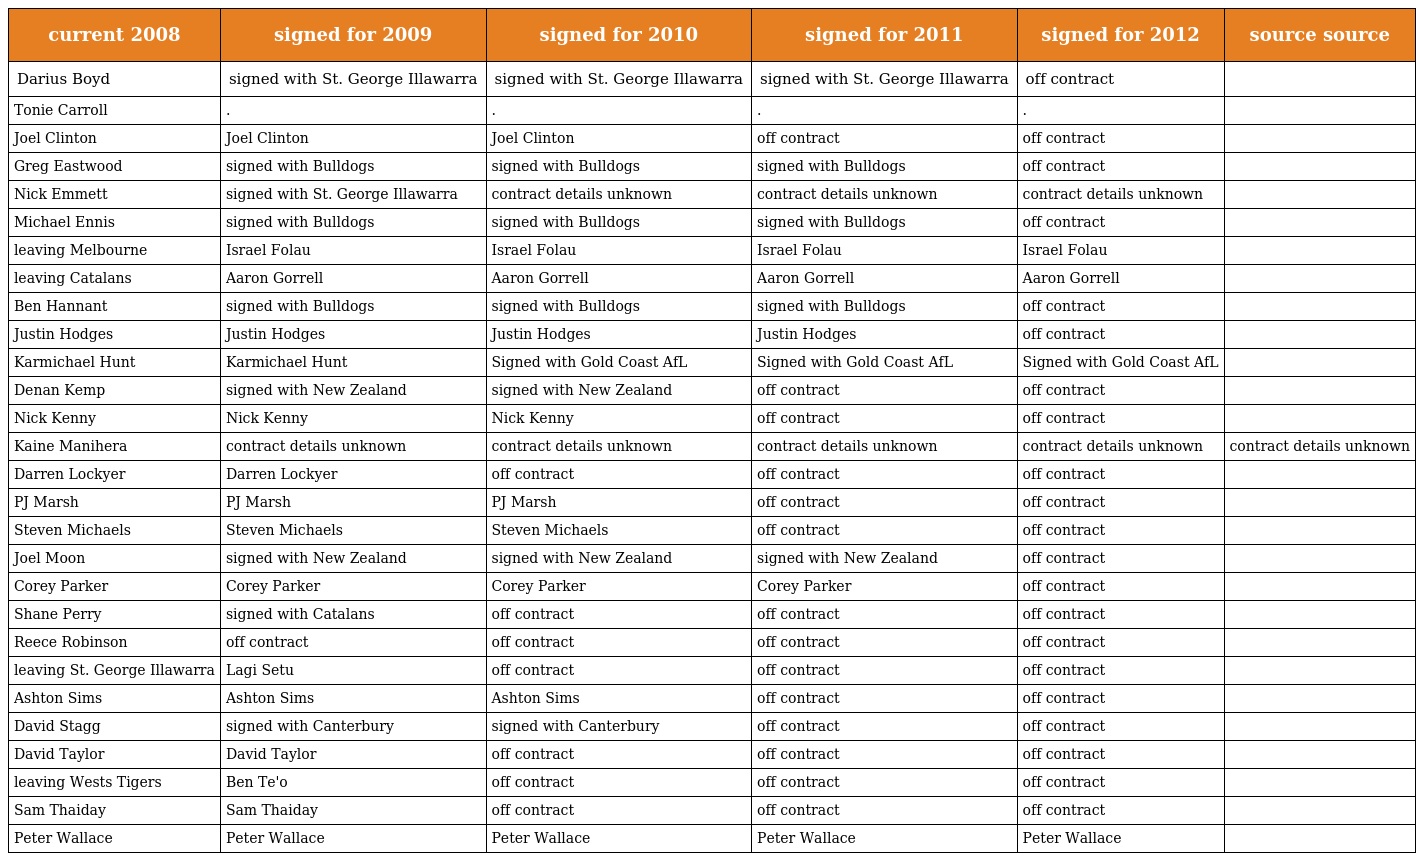
| current 2008 | signed for 2009 | signed for 2010 | signed for 2011 | signed for 2012 | source source |
 | --- | --- | --- | --- | --- | --- |
 | Darius Boyd | signed with St. George Illawarra | signed with St. George Illawarra | signed with St. George Illawarra | off contract |  |
 | Tonie Carroll | . | . | . | . |  |
 | Joel Clinton | Joel Clinton | Joel Clinton | off contract | off contract |  |
 | Greg Eastwood | signed with Bulldogs | signed with Bulldogs | signed with Bulldogs | off contract |  |
 | Nick Emmett | signed with St. George Illawarra | contract details unknown | contract details unknown | contract details unknown |  |
 | Michael Ennis | signed with Bulldogs | signed with Bulldogs | signed with Bulldogs | off contract |  |
 | leaving Melbourne | Israel Folau | Israel Folau | Israel Folau | Israel Folau |  |
 | leaving Catalans | Aaron Gorrell | Aaron Gorrell | Aaron Gorrell | Aaron Gorrell |  |
 | Ben Hannant | signed with Bulldogs | signed with Bulldogs | signed with Bulldogs | off contract |  |
 | Justin Hodges | Justin Hodges | Justin Hodges | Justin Hodges | off contract |  |
 | Karmichael Hunt | Karmichael Hunt | Signed with Gold Coast AfL | Signed with Gold Coast AfL | Signed with Gold Coast AfL |  |
 | Denan Kemp | signed with New Zealand | signed with New Zealand | off contract | off contract |  |
 | Nick Kenny | Nick Kenny | Nick Kenny | off contract | off contract |  |
 | Kaine Manihera | contract details unknown | contract details unknown | contract details unknown | contract details unknown | contract details unknown |
 | Darren Lockyer | Darren Lockyer | off contract | off contract | off contract |  |
 | PJ Marsh | PJ Marsh | PJ Marsh | off contract | off contract |  |
 | Steven Michaels | Steven Michaels | Steven Michaels | off contract | off contract |  |
 | Joel Moon | signed with New Zealand | signed with New Zealand | signed with New Zealand | off contract |  |
 | Corey Parker | Corey Parker | Corey Parker | Corey Parker | off contract |  |
 | Shane Perry | signed with Catalans | off contract | off contract | off contract |  |
 | Reece Robinson | off contract | off contract | off contract | off contract |  |
 | leaving St. George Illawarra | Lagi Setu | off contract | off contract | off contract |  |
 | Ashton Sims | Ashton Sims | Ashton Sims | off contract | off contract |  |
 | David Stagg | signed with Canterbury | signed with Canterbury | off contract | off contract |  |
 | David Taylor | David Taylor | off contract | off contract | off contract |  |
 | leaving Wests Tigers | Ben Te'o | off contract | off contract | off contract |  |
 | Sam Thaiday | Sam Thaiday | off contract | off contract | off contract |  |
 | Peter Wallace | Peter Wallace | Peter Wallace | Peter Wallace | Peter Wallace |  |